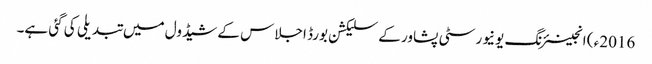
2016ء ) انجینئرنگ یونیورسٹی پشاور کے سلیکشن بورڈ اجلاس کے شیڈول میں تبدیلی کی گئی ہے۔